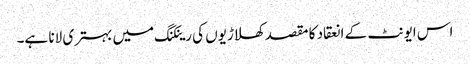
اس ایونٹ کے انعقاد کا مقصد کھلاڑیوں کی رینکنگ میں بہتری لانا ہے۔